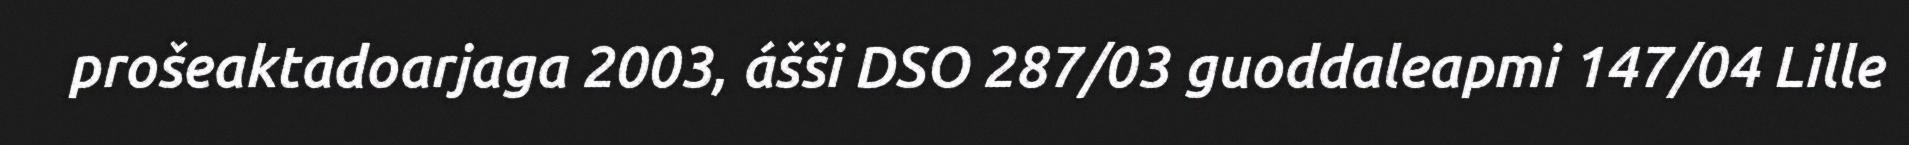
prošeaktadoarjaga 2003, ášši DSO 287/03 guoddaleapmi 147/04 Lille